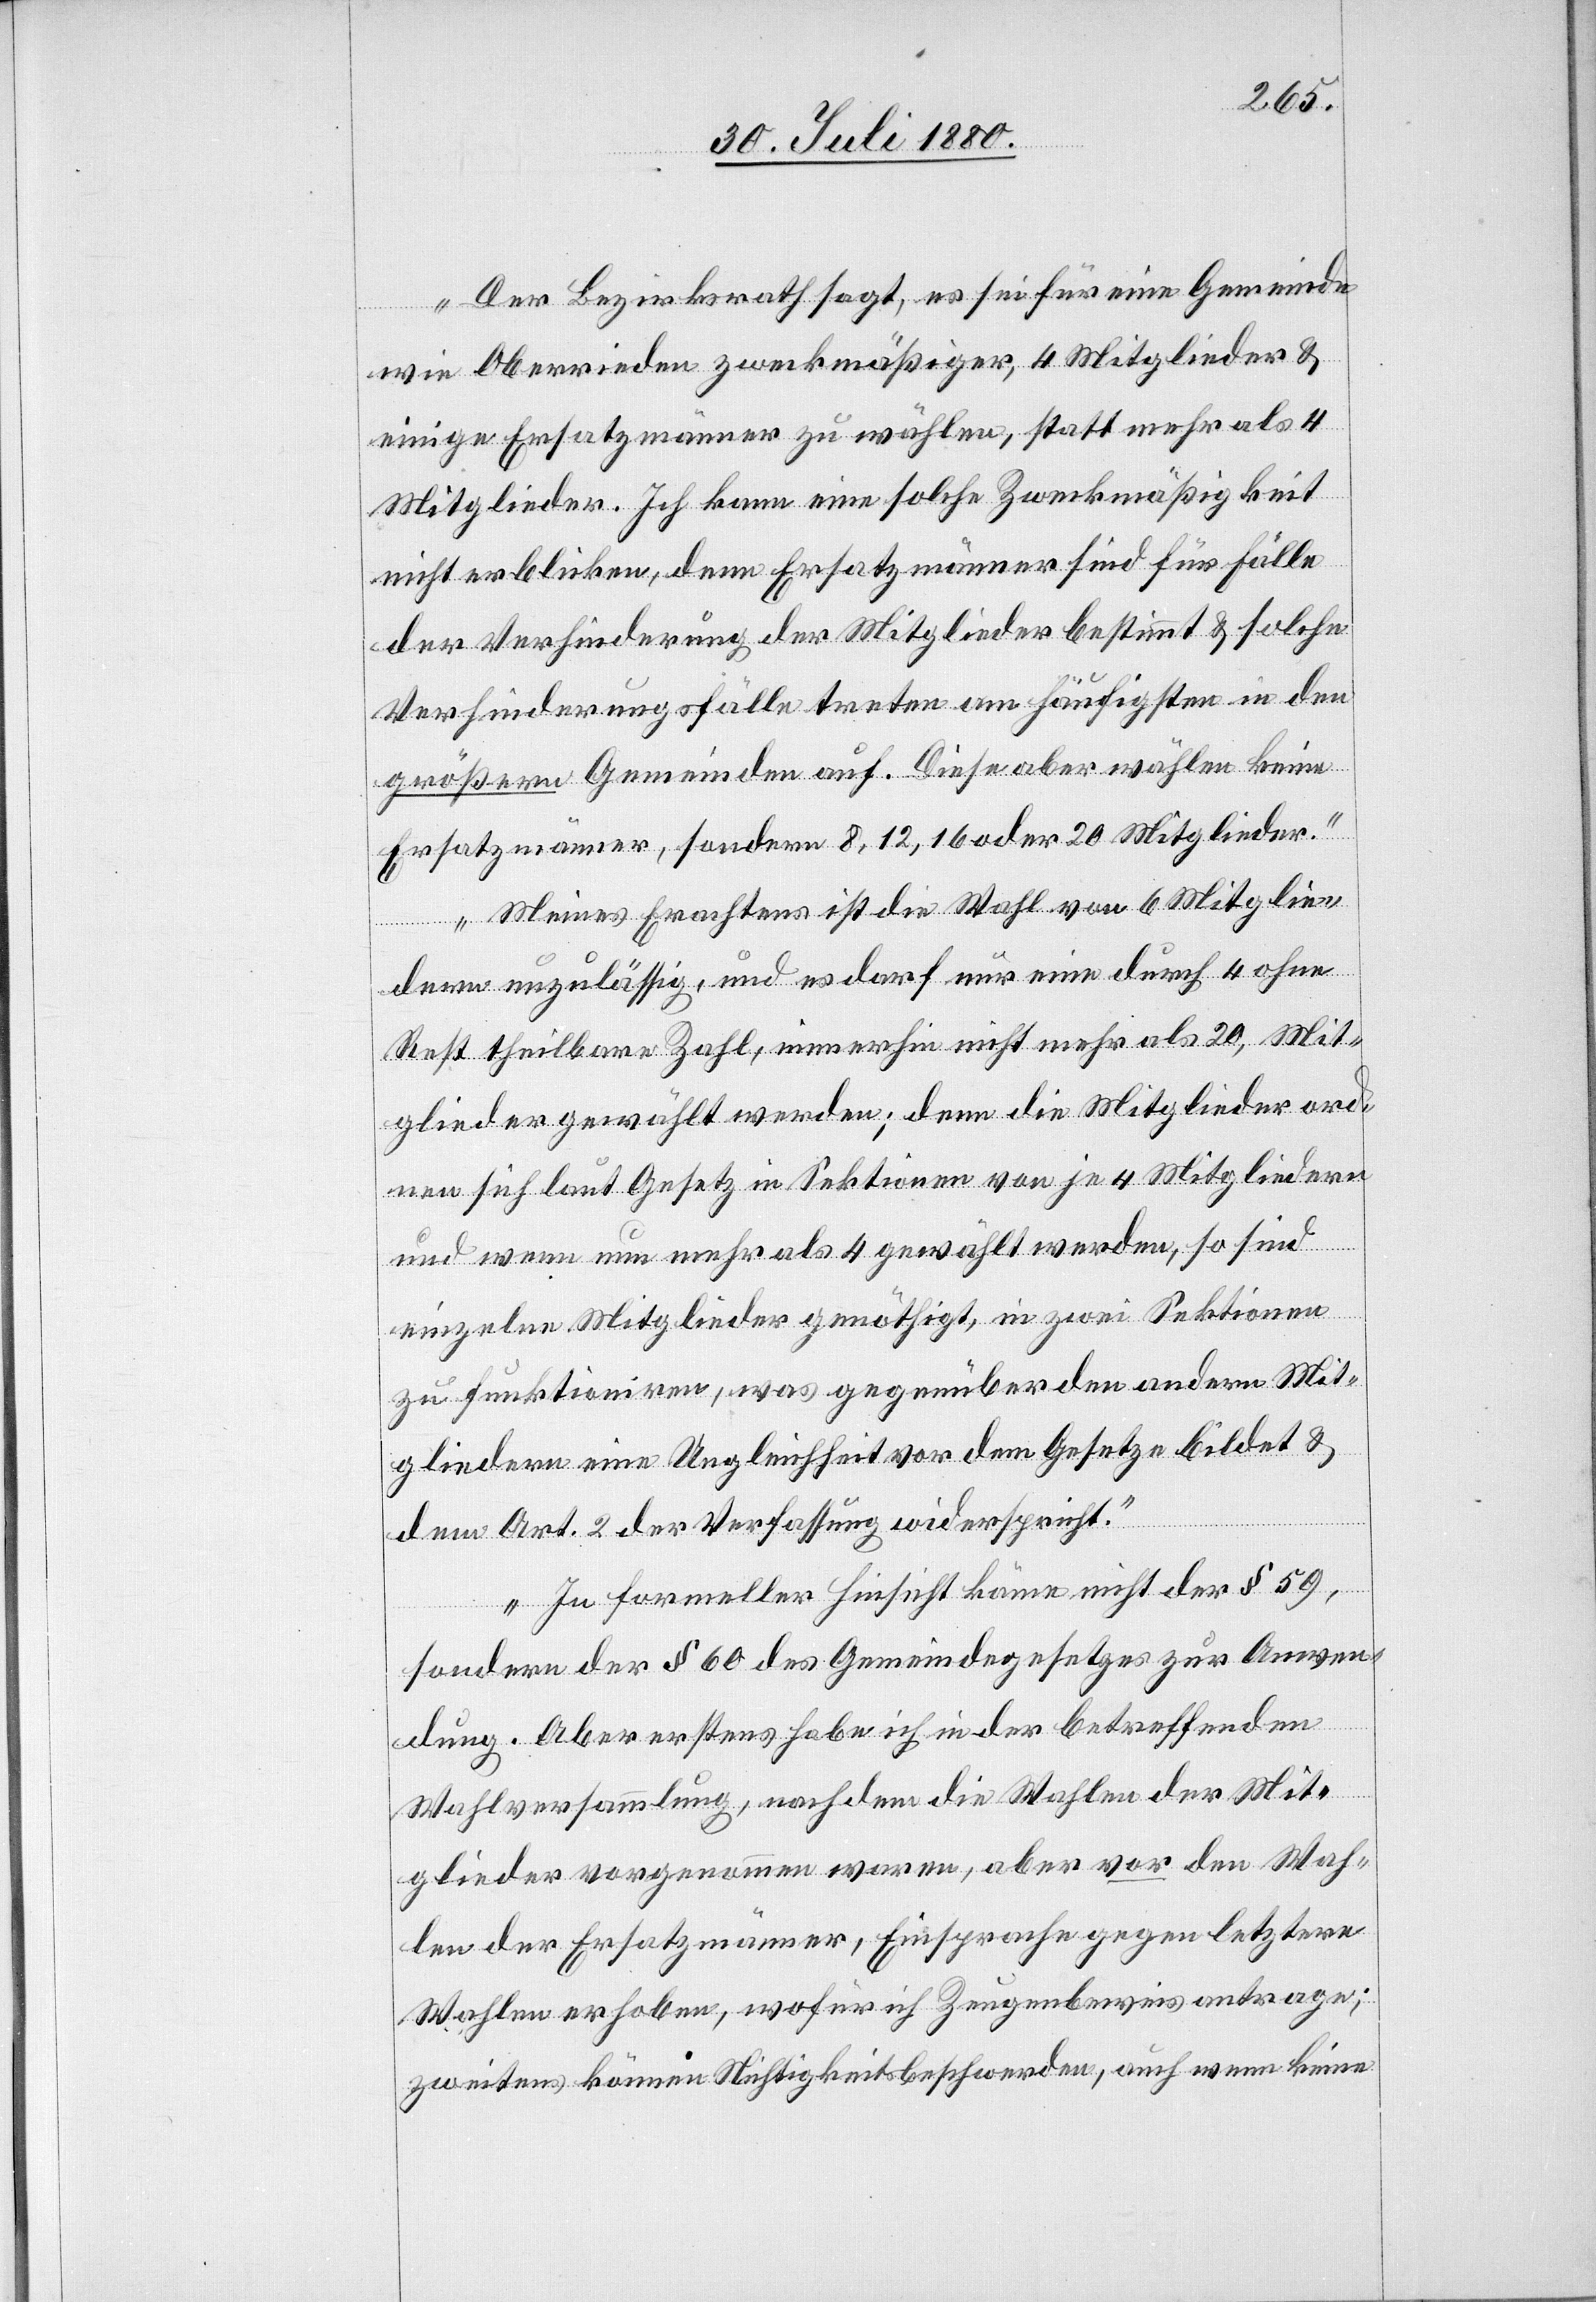
Der Bezirksrath sagt, es sei für eine Gemeinde
wie Oberrieden zweckmäßiger, 4 Mitglieder &
einige Ersatzmänner zu wählen, statt mehr als 4
Mitglieder. Ich kann eine solche Zweckmäßigkeit
nicht erblicken, denn Ersatzmänner sind für Fälle
der Verhinderung der Mitglieder bestimmt & solche
Verhinderungsfälle treten am häufigsten in den
größeren Gemeinden auf. Diese aber wählen keine
Ersatzmänner, sondern 8, 12, 16 oder 20 Mitglieder.
Meines Erachtens ist die Wahl von 6 Mitglie¬
dern unzulässig, und es darf nur eine durch 4 ohne
Rest theilbare Zahl, immerhin nicht mehr als 20, Mit¬
glieder gewählt werden; denn die Mitglieder werd¬
en sich laut Gesetz in Sektionen von je 4 Mitgliedern
und wenn nun mehr als 4 gewählt werden, so sind
einzelne Mitglieder genöthigt, in zwei Sektionen
zu funktioniren, was gegenüber den andern Mit¬
gliedern eine Ungleichheit vor dem Gesetze bildet &
dem Art. 2 der Verfassung widerspricht.
In formeller Hinsicht käme nicht der § 59,
sondern der § 60 des Gemeindegesetzes zur Anwen¬
dung. Aber erstens habe ich in der betreffenden
Wahlversammlung, nachdem die Wahlen der Mit¬
glieder vorgenommen waren, aber vor den Wah¬
len der Ersatzmänner, Einsprache gegen letztere
Wahlen erhoben, wofür ich Zeugenbeweise antrage;
zweitens können Nichtigkeitsbeschwerden, auch wenn keine